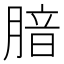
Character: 腤